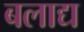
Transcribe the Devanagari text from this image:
बलाद्य